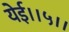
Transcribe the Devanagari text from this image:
येई।।५।।